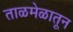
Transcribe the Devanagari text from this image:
ताळमेळातून